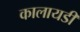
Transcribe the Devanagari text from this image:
कालायडी